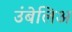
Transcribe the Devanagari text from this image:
उंबेलिअ